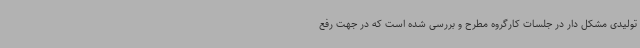
تولیدی مشکل دار در جلسات کارگروه مطرح و بررسی شده است که در جهت رفع